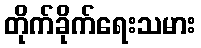
တိုက်ခိုက်ရေးသမား